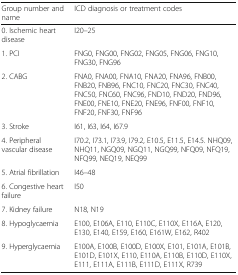
<table><thead><tr><td><b>Group number and name</b></td><td><b>ICD diagnosis or treatment codes</b></td></tr></thead><tbody><tr><td>0. Ischemic heart disease</td><td>I20–25</td></tr><tr><td>1. PCI</td><td>FNG0, FNG00, FNG02, FNG05, FNG06, FNG10, FNG30, FNG96</td></tr><tr><td>2. CABG</td><td>FNA0, FNA00, FNA10, FNA20, FNA96, FNB00, FNB20, FNB96, FNC10, FNC20, FNC30, FNC40, FNC50, FNC60, FNC96, FND10, FND20, FND96, FNE00, FNE10, FNE20, FNE96, FNF00, FNF10, FNF20, FNF30, FNF96</td></tr><tr><td>3. Stroke</td><td>I61, I63, I64, I67.9</td></tr><tr><td>4. Peripheral vascular disease</td><td>I70.2, I73.1, I73.9, I79.2, E10.5, E11.5, E14.5. NHQ09, NHQ11, NGQ09, NGQ11, NGQ99, NFQ09, NFQ19, NFQ99, NEQ19, NEQ99</td></tr><tr><td>5. Atrial fibrillation</td><td>I46–48</td></tr><tr><td>6. Congestive heart failure</td><td>I50</td></tr><tr><td>7. Kidney failure</td><td>N18, N19</td></tr><tr><td>8. Hypoglycaemia</td><td>E100, E106A, E110, E110C, E110X, E116A, E120, E130, E140, E159, E160, E161W, E162, R402</td></tr><tr><td>9. Hyperglycaemia</td><td>E100A, E100B, E100D, E100X, E101, E101A, E101B, E101D, E101X, E110, E110A, E110B, E110D, E110X, E111, E111A, E111B, E111D, E111X, R739</td></tr></tbody></table>